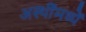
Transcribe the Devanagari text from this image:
अस्थींमध्यें